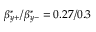
\beta _ { y + } ^ { * } / \beta _ { y - } ^ { * } = 0 . 2 7 / 0 . 3